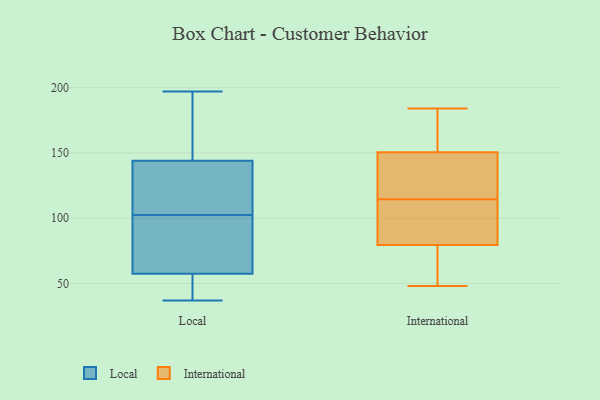
{"axis": {"x": "Gross Profit (USD K)", "y": "Value"}, "legend": ["International", "Local"], "data": [{"x": "", "y": 140, "type": "Local"}, {"x": "", "y": 145, "type": "Local"}, {"x": "", "y": 143, "type": "Local"}, {"x": "", "y": 65, "type": "Local"}, {"x": "", "y": 158, "type": "Local"}, {"x": "", "y": 101, "type": "Local"}, {"x": "", "y": 37, "type": "Local"}, {"x": "", "y": 104, "type": "Local"}, {"x": "", "y": 63, "type": "Local"}, {"x": "", "y": 197, "type": "Local"}, {"x": "", "y": 47, "type": "Local"}, {"x": "", "y": 52, "type": "Local"}, {"x": "", "y": 108, "type": "International"}, {"x": "", "y": 184, "type": "International"}, {"x": "", "y": 80, "type": "International"}, {"x": "", "y": 79, "type": "International"}, {"x": "", "y": 136, "type": "International"}, {"x": "", "y": 164, "type": "International"}, {"x": "", "y": 109, "type": "International"}, {"x": "", "y": 169, "type": "International"}, {"x": "", "y": 137, "type": "International"}, {"x": "", "y": 120, "type": "International"}, {"x": "", "y": 48, "type": "International"}, {"x": "", "y": 79, "type": "International"}]}